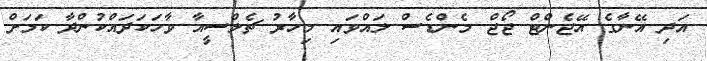
އަދި އޭނާގެ އޭޖެންޓް ޖޯޖް މެންޑެސް ލައްވައި މިހާރު ޗެލްސީއާ ވާހަކަދައްކުންދާ ކަމަށް